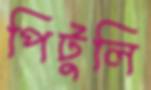
পিটুলি